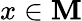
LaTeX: x\in\mathbf{M}